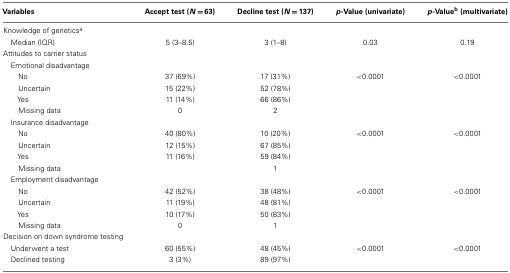
| Variables | Accept test (N = 63) | Decline test (N = 137) | p-Value (univariate) | p-Valueb (multivariate) |
 | --- | --- | --- | --- | --- |
 | Knowledge of geneticsa |
 | Median (IQR) | 5 (3–8.5) | 3 (1–8) | 0.03 | 0.19 |
 | Attitudes to carrier status |
 | Emotional disadvantage |
 | No | 37 (69%) | 17 (31%) | <0.0001 | <0.0001 |
 | Uncertain | 15 (22%) | 52 (78%) |  |
 | Yes | 11 (14%) | 66 (86%) |  |
 | Missing data | 0 | 2 |  |
 | Insurance disadvantage |
 | No | 40 (80%) | 10 (20%) | <0.0001 | <0.0001 |
 | Uncertain | 12 (15%) | 67 (85%) |  |
 | Yes | 11 (16%) | 59 (84%) |  |
 | Missing data |  | 1 |  |
 | Employment disadvantage |
 | No | 42 (52%) | 38 (48%) | <0.0001 | <0.0001 |
 | Uncertain | 11 (19%) | 48 (81%) |  |
 | Yes | 10 (17%) | 50 (83%) |  |
 | Missing data | 0 | 1 |  |
 | Decision on down syndrome testing |
 | Underwent a test | 60 (55%) | 48 (45%) | <0.0001 | <0.0001 |
 | Declined testing | 3 (3%) | 89 (97%) |  |